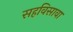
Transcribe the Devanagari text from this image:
सहविसावा